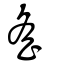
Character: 䍃